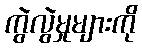
ကွဲလွဲမှုများကို